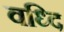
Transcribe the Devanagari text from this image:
वध्दि